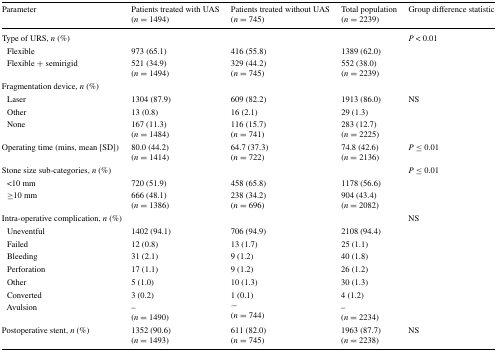
<table><thead><tr><td><b>Parameter</b></td><td><b>Patients treated with UAS(<i>n</i> = 1494)</b></td><td><b>Patients treated without UAS(<i>n</i> = 745)</b></td><td><b>Total population(<i>n</i> = 2239)</b></td><td><b>Group difference statistic</b></td></tr></thead><tbody><tr><td>Type of URS, <i>n</i> (%)</td><td></td><td></td><td></td><td><i>P</i> &lt; 0.01</td></tr><tr><td> Flexible</td><td>973 (65.1)</td><td>416 (55.8)</td><td>1389 (62.0)</td><td></td></tr><tr><td> Flexible + semirigid</td><td>521 (34.9)(<i>n</i> = 1494)</td><td>329 (44.2)(<i>n</i> = 745)</td><td>552 (38.0)(<i>n</i> = 2239)</td><td></td></tr><tr><td>Fragmentation device, <i>n</i> (%)</td><td></td><td></td><td></td><td></td></tr><tr><td> Laser</td><td>1304 (87.9)</td><td>609 (82.2)</td><td>1913 (86.0)</td><td>NS</td></tr><tr><td> Other</td><td>13 (0.8)</td><td>16 (2.1)</td><td>29 (1.3)</td><td></td></tr><tr><td> None</td><td>167 (11.3)(<i>n</i> = 1484)</td><td>116 (15.7)(<i>n</i> = 741)</td><td>283 (12.7)(<i>n</i> = 2225)</td><td></td></tr><tr><td>Operating time (mins, mean [SD])</td><td>80.0 (44.2)(<i>n</i> = 1414)</td><td>64.7 (37.3)(<i>n</i> = 722)</td><td>74.8 (42.6)(<i>n</i> = 2136)</td><td><i>P</i> ≤ 0.01</td></tr><tr><td>Stone size sub-categories, <i>n</i> (%)</td><td></td><td></td><td></td><td><i>P</i> ≤ 0.01</td></tr><tr><td> &lt;10 mm</td><td>720 (51.9)</td><td>458 (65.8)</td><td>1178 (56.6)</td><td></td></tr><tr><td> ≥10 mm</td><td>666 (48.1)(<i>n</i> = 1386)</td><td>238 (34.2)(<i>n</i> = 696)</td><td>904 (43.4)(<i>n</i> = 2082)</td><td></td></tr><tr><td>Intra-operative complication, <i>n</i> (%)</td><td></td><td></td><td></td><td>NS</td></tr><tr><td> Uneventful</td><td>1402 (94.1)</td><td>706 (94.9)</td><td>2108 (94.4)</td><td></td></tr><tr><td> Failed</td><td>12 (0.8)</td><td>13 (1.7)</td><td>25 (1.1)</td><td></td></tr><tr><td> Bleeding</td><td>31 (2.1)</td><td>9 (1.2)</td><td>40 (1.8)</td><td></td></tr><tr><td> Perforation</td><td>17 (1.1)</td><td>9 (1.2)</td><td>26 (1.2)</td><td></td></tr><tr><td> Other</td><td>5 (1.0)</td><td>10 (1.3)</td><td>30 (1.3)</td><td></td></tr><tr><td> Converted</td><td>3 (0.2)</td><td>1 (0.1)</td><td>4 (1.2)</td><td></td></tr><tr><td> Avulsion</td><td>–(<i>n</i> = 1490)</td><td>−(<i>n</i> = 744)</td><td>–(<i>n</i> = 2234)</td><td></td></tr><tr><td>Postoperative stent, <i>n</i> (%)</td><td>1352 (90.6)(<i>n</i> = 1493)</td><td>611 (82.0)(<i>n</i> = 745)</td><td>1963 (87.7)(<i>n</i> = 2238)</td><td>NS</td></tr></tbody></table>